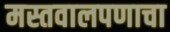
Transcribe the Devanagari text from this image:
मस्तवालपणाचा